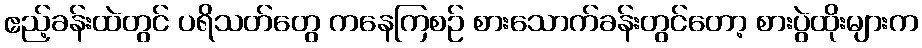
ဧည့်ခန်းထဲတွင် ပရိသတ်တွေ ကနေကြစဉ် စားသောက်ခန်းတွင်တော့ စားပွဲထိုးများက